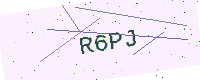
Text: R6PJ